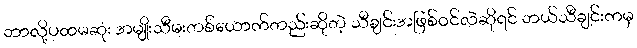
ဘာလို့ပထမဆုံး အမျိုးသီမးတစ်ယောက်တည်းဆိုတဲ့ သီချင်းအဖြစ်ဝင်လဲဆိုရင် ဘယ်သီချင်းကမှ